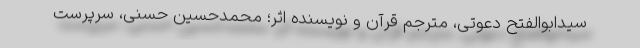
سیدابوالفتح دعوتی، مترجم قرآن و نویسنده اثر؛ محمدحسین حسنی، سرپرست